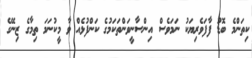
ކިތަންމެ ބޮޑު ފާފަވެރިޔަކު ނަމަވެސް އިންސާނީވަންތަކަމުގެ ކަންފުޅެއް ވާ މީކުނަމަ ތިމާގެ ޒިނޭގެ